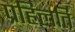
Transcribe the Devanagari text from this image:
प्रहिलति